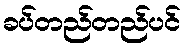
ခပ်တည်တည်ပင်